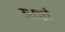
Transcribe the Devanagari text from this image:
ग्राह्मं